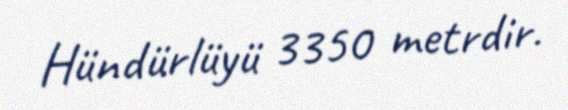
Hündürlüyü 3350 metrdir.